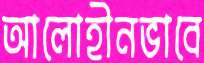
আলোহীনভাবে